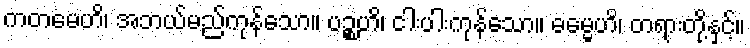
ကတမေဟိ၊ အဘယ်မည်ကုန်သော။ ပဉ္စဟိ၊ ငါးပါးကုန်သော။ ဓမ္မေဟိ၊ တရားတို့နှင့်။